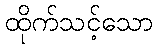
ထိုက်သင့်သော